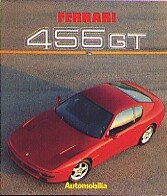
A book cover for Ferrari 456 GT (Italian, English and French Edition); Ippolito Alfieri; Engineering & Transportation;